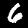
Label: 6